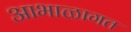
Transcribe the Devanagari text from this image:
आभाळागत